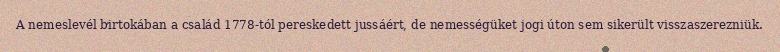
A nemeslevél birtokában a család 1778-tól pereskedett jussáért, de nemességüket jogi úton sem sikerült visszaszerezniük.